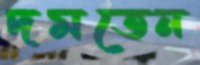
দমতেন